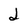
Character: 2